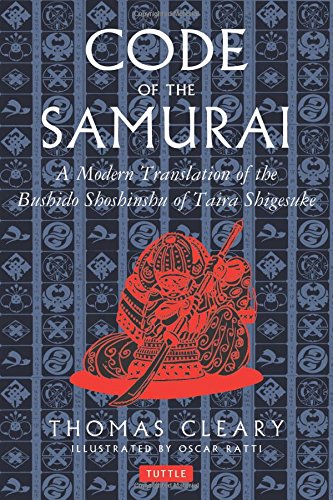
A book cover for The Code of the Samurai: A Modern Translation of the Bushido Shoshinshu of Taira Shigesuke; Oscar Ratti; History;